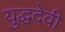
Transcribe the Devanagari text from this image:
युद्धदेवी